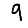
Digit: 9